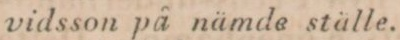
vidsson på nämde ställe.